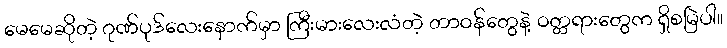
မေမေဆိုတဲ့ ဂုဏ်ပုဒ်လေးနောက်မှာ ကြီးမားလေးလံတဲ့ တာဝန်တွေနဲ့ ဝတ္တရားတွေက ရှိစမြဲပါ။